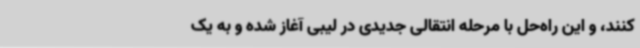
‌کنند، و این راه‌حل با مرحله انتقالی جدیدی در لیبی آغاز شده و به یک